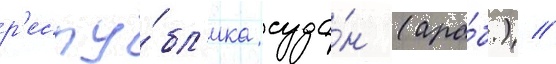
р'еспу́бл'ика суда́н (ара́б.) //